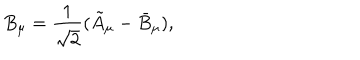
B _ { \mu } = \frac { 1 } { \sqrt { 2 } } ( \tilde { A } _ { \mu } - \bar { B } _ { \mu } ) ,